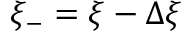
\xi _ { - } = \xi - \Delta \xi